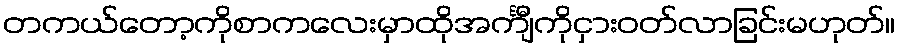
တကယ်တော့ကိုစာကလေးမှာထိုအင်္ကျီကိုငှားဝတ်လာခြင်းမဟုတ်။